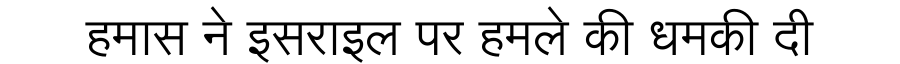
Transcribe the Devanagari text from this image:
हमास ने इसराइल पर हमले की धमकी दी